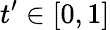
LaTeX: t^{\prime}\in[0,1]